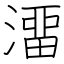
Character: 澑